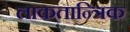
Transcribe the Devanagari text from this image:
लाकतान्त्रिक